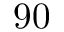
9 0